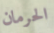
الحرمان